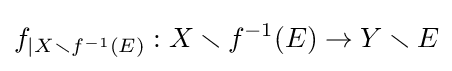
f_{|X\smallsetminus f^{-1}(E)}:X\smallsetminus f^{-1}(E)\rightarrow Y\smallsetminus E